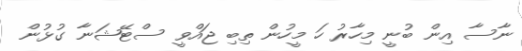
ނާސާ އިން ބުނީ މިހާރު ހަ މީހުން ތިބި ޖައްވީ ސްޓޭޝަނާ ގުޅުން